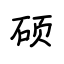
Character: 硕